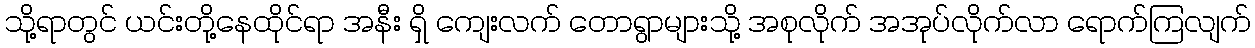
သို့ရာတွင် ယင်းတို့နေထိုင်ရာ အနီး ရှိ ကျေးလက် တောရွာများသို့ အစုလိုက် အအုပ်လိုက်လာ ရောက်ကြလျက်